Madras plague regulations and rules for district municipalities and other towns and villages
Disease focus: Plague
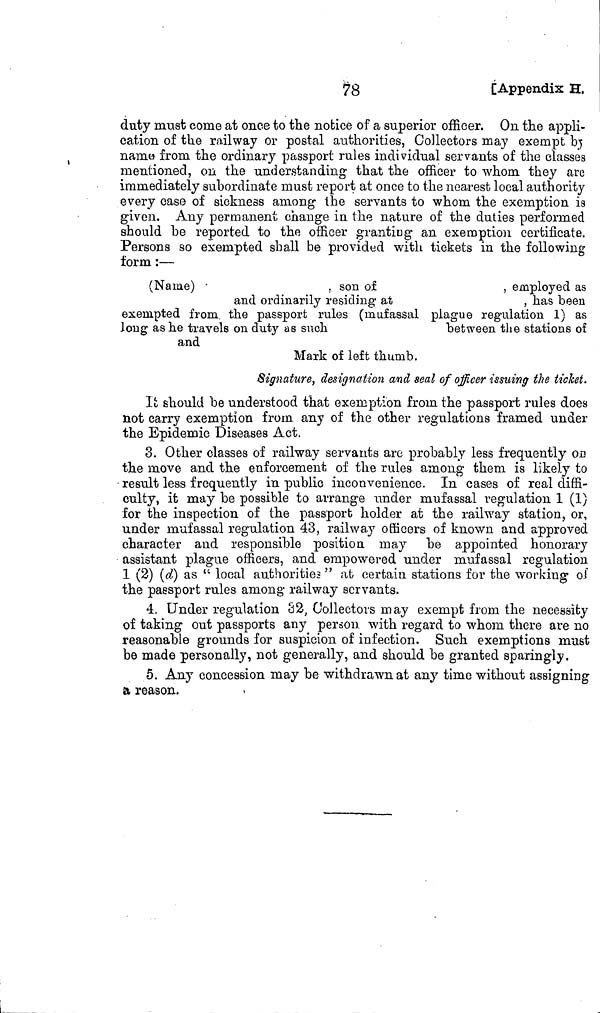
78
[Appendix H.
duty must come at once to the notice of a superior officer. On the appli-
cation of the railway or postal authorities, Collectors may exempt by
name from the ordinary passport rules individual servants of the classes
mentioned, on the understanding that the officer to whom they are
immediately subordinate must report at once to the nearest local authority
every case of sickness among the servants to whom the exemption is
given. Any permanent change in the nature of the duties performed
should be reported to the officer granting an exemption certificate.
Persons so exempted shall be provided with tickets in the following
form :—
(Name)
, son of
, employed as
and ordinarily residing at
, has been
exempted from the passport rules (mufassal plague regulation 1) as
long as he travels on duty as such
between the stations of
and
Mark of left thumb.
Signature, designation and seal of officer issuing the ticket,
It should be understood that exemption from the passport rules does
not carry exemption from any of the other regulations framed under
the Epidemic Diseases Act.
3. Other classes of railway servants arc probably less frequently on
the move and the enforcement of the rules among them is likely to
result less frequently in public inconvenience. In cases of real diffi-
culty, it may be possible to arrange under mufassal regulation 1 (1)
for the inspection of the passport holder at the railway station, or,
under mufassal regulation 43, railway officers of known and approved
character and responsible position may be appointed honorary
assistant plague officers, and empowered under mufassal regulation
1 (2) (d) as " local authorities " at certain stations for the working of
the passport rules among railway servants.
4. Under regulation 82, Collectors may exempt from the necessity
of taking out passports any person with regard to whom there are no
reasonable grounds for suspicion of infection. Such exemptions must
be made personally, not generally, and should be granted sparingly.
5. Any concession may be withdrawn at any time without assigning
a reason.